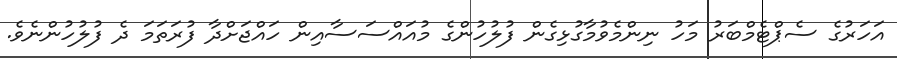
އަހަރުގެ ސެޕްޓެމްބަރު މަހު ނިންމެވުމާގުޅިގެން ފުލުހުންގެ މުއައްސަސާއިން ހައްޖަށްދާ ފުރަތަމަ ދެ ފުލުހުންނެވެ.